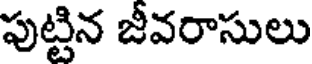
పుట్టిన జీవరాసులు